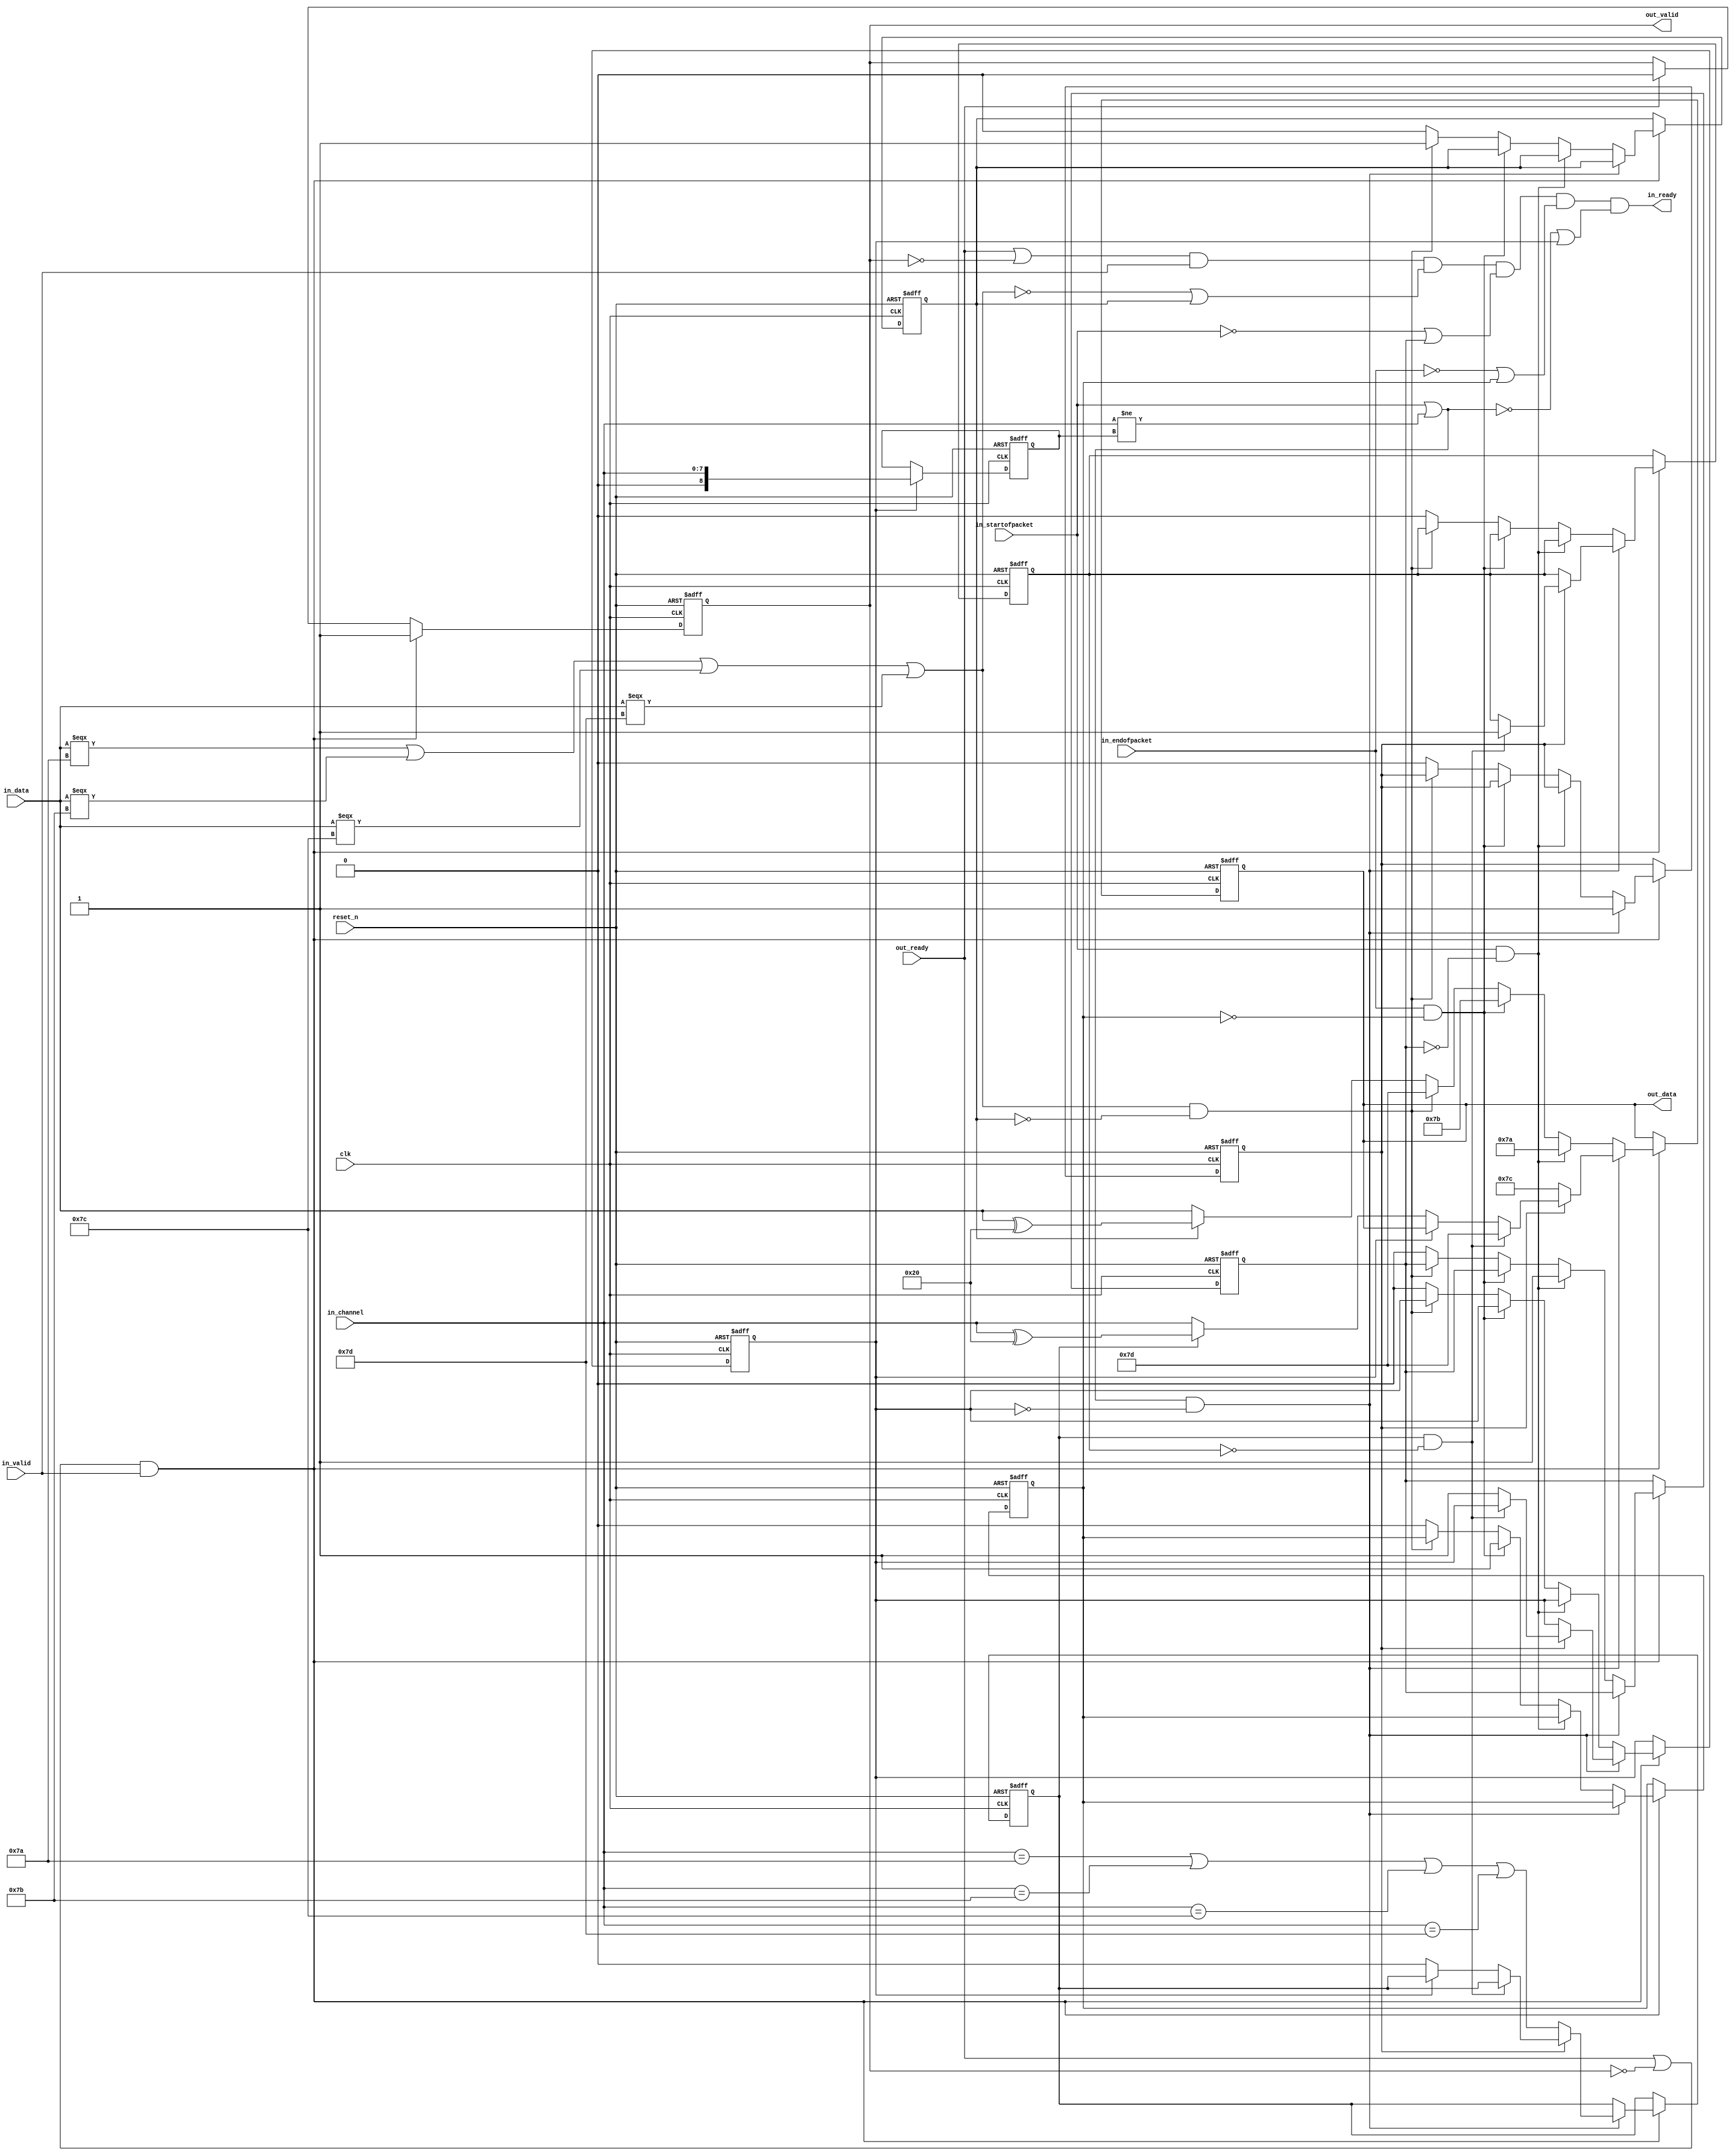
// --------------------------------------------------------------------------------
//| Avalon ST Packets to Bytes Component
// --------------------------------------------------------------------------------

`timescale 1ns / 100ps
module altera_avalon_st_packets_to_bytes
//if ENCODING ==0, CHANNEL_WIDTH must be 8 
//else CHANNEL_WIDTH can be from 0 to 127
#(    parameter CHANNEL_WIDTH = 8,
      parameter ENCODING      = 0) 
(
      // Interface: clk
      input              clk,
      input              reset_n,
      // Interface: ST in with packets
      output reg         in_ready,
      input              in_valid,
      input      [7: 0]  in_data,
      input      [CHANNEL_WIDTH-1: 0]  in_channel,
      input              in_startofpacket,
      input              in_endofpacket,

      // Interface: ST out
      input              out_ready,
      output reg         out_valid,
      output reg [7: 0]  out_data
);

   // ---------------------------------------------------------------------
   //| Signal Declarations
   // ---------------------------------------------------------------------

   localparam CHN_COUNT = (CHANNEL_WIDTH-1)/7;
   localparam CHN_EFFECTIVE = CHANNEL_WIDTH-1;
   reg  sent_esc, sent_sop, sent_eop;
   reg  sent_channel_char, channel_escaped, sent_channel;
   reg  [CHANNEL_WIDTH:0] stored_channel;
   reg  [4:0] channel_count;
   reg    [((CHN_EFFECTIVE/7+1)*7)-1:0] stored_varchannel;
   reg     channel_needs_esc;



   wire need_sop, need_eop, need_esc, need_channel;

   // ---------------------------------------------------------------------
   //| Thingofamagick
   // ---------------------------------------------------------------------

   assign need_esc = (in_data === 8'h7a |
                      in_data === 8'h7b |
                      in_data === 8'h7c |
                      in_data === 8'h7d );
   assign need_eop = (in_endofpacket);
   assign need_sop = (in_startofpacket);


generate
if( CHANNEL_WIDTH > 0) begin
   wire   channel_changed;
   assign channel_changed = (in_channel != stored_channel);
   assign need_channel = (need_sop | channel_changed);

   always @(posedge clk or negedge reset_n) begin
      if (!reset_n) begin
         sent_esc <= 0;
         sent_sop <= 0;
         sent_eop <= 0;
         sent_channel <= 0;
         channel_escaped <= 0;
         sent_channel_char <= 0;
         out_data <= 0;
         out_valid <= 0;
         channel_count <= 0;
         channel_needs_esc <= 0;
      end else begin

         if (out_ready )
           out_valid <= 0;

         if ((out_ready | ~out_valid) && in_valid  )
           out_valid <= 1;

         if ((out_ready | ~out_valid) && in_valid) begin
            if (need_channel & ~sent_channel) begin
                 if (~sent_channel_char) begin
                    sent_channel_char <= 1;
                    out_data <= 8'h7c;
                    channel_count <= CHN_COUNT[4:0];
                    stored_varchannel <= in_channel;
                    if ((ENCODING == 0) | (CHANNEL_WIDTH == 7)) begin
                    channel_needs_esc <= (in_channel == 8'h7a |
                                          in_channel == 8'h7b |
                                          in_channel == 8'h7c |
                                          in_channel == 8'h7d );
                    end
                 end else if (channel_needs_esc & ~channel_escaped) begin
                    out_data <= 8'h7d;
                    channel_escaped <= 1;
                 end else if (~sent_channel) begin
                       if (ENCODING) begin
                            // Sending out MSB=1, while not last 7 bits of Channel
                               if (channel_count > 0) begin
                                   if (channel_needs_esc) out_data <= {1'b1, stored_varchannel[((CHN_EFFECTIVE/7+1)*7)-1:((CHN_EFFECTIVE/7+1)*7)-7]} ^ 8'h20;
                                   else                   out_data <= {1'b1, stored_varchannel[((CHN_EFFECTIVE/7+1)*7)-1:((CHN_EFFECTIVE/7+1)*7)-7]};
                                   stored_varchannel <= stored_varchannel<<7;

                                   channel_count <= channel_count - 1'b1;
                                   // check whether the last 7 bits need escape or not
                                   if (channel_count ==1 & CHANNEL_WIDTH > 7) begin
                                      channel_needs_esc <=
                                         ((stored_varchannel[((CHN_EFFECTIVE/7+1)*7)-8:((CHN_EFFECTIVE/7+1)*7)-14]  == 7'h7a)|
                                         (stored_varchannel[((CHN_EFFECTIVE/7+1)*7)-8:((CHN_EFFECTIVE/7+1)*7)-14] == 7'h7b) |
                                         (stored_varchannel[((CHN_EFFECTIVE/7+1)*7)-8:((CHN_EFFECTIVE/7+1)*7)-14] == 7'h7c) |
                                         (stored_varchannel[((CHN_EFFECTIVE/7+1)*7)-8:((CHN_EFFECTIVE/7+1)*7)-14] == 7'h7d) );
                                   end
                              end else begin
                               // Sending out MSB=0, last 7 bits of Channel
                                   if (channel_needs_esc) begin 
                                      channel_needs_esc <= 0; 
                                      out_data <= {1'b0, stored_varchannel[((CHN_EFFECTIVE/7+1)*7)-1:((CHN_EFFECTIVE/7+1)*7)-7]} ^ 8'h20;
                                   end else   out_data <= {1'b0, stored_varchannel[((CHN_EFFECTIVE/7+1)*7)-1:((CHN_EFFECTIVE/7+1)*7)-7]};
                                   sent_channel <= 1;
                              end
                       end else begin
                            if (channel_needs_esc) begin 
                               channel_needs_esc <= 0; 
                               out_data <= in_channel ^ 8'h20; 
                            end else out_data <= in_channel;
                            sent_channel <= 1;
                       end
                 end
            end else if (need_sop & ~sent_sop) begin
                 sent_sop <= 1;
                 out_data <= 8'h7a;

            end else if (need_eop & ~sent_eop) begin
                 sent_eop <= 1;
                 out_data <= 8'h7b;

            end else if (need_esc & ~sent_esc) begin
                 sent_esc <= 1;
                 out_data <= 8'h7d;
            end else begin
                 if (sent_esc)    out_data <= in_data ^ 8'h20;
                 else             out_data <= in_data;
                 sent_esc <= 0;
                 sent_sop <= 0;
                 sent_eop <= 0;
                 sent_channel <= 0;
                 channel_escaped <= 0;
                 sent_channel_char <= 0;
            end
         end
      end
   end

   //channel related signals
   always @(posedge clk or negedge reset_n) begin
      if (!reset_n) begin
         //extra bit in stored_channel to force reset
         stored_channel <= {CHANNEL_WIDTH{1'b1}};
      end else begin
         //update stored_channel only when it is sent out
         if (sent_channel) stored_channel <= in_channel;
      end
   end
    always @* begin

      // in_ready.  Low when:
      // back pressured, or when
      // we are outputting a control character, which means that one of
      // {escape_char, start of packet, end of packet, channel}
      // needs to be, but has not yet, been handled.
      in_ready = (out_ready | !out_valid) & in_valid & (~need_esc | sent_esc)
                 & (~need_sop | sent_sop)
                 & (~need_eop | sent_eop)
                 & (~need_channel | sent_channel);
   end

end else begin

assign need_channel = (need_sop);

   always @(posedge clk or negedge reset_n) begin
      if (!reset_n) begin
         sent_esc <= 0;
         sent_sop <= 0;
         sent_eop <= 0;
         out_data <= 0;
         out_valid <= 0;
         sent_channel <= 0;
         sent_channel_char <= 0;
      end else begin

         if (out_ready )
           out_valid <= 0;

         if ((out_ready | ~out_valid) && in_valid  )
           out_valid <= 1;

         if ((out_ready | ~out_valid) && in_valid) begin
            if (need_channel & ~sent_channel) begin
                 if (~sent_channel_char) begin           //Added sent channel 0 before the 1st SOP
                    sent_channel_char <= 1;
                    out_data <= 8'h7c;
                 end else if (~sent_channel) begin
                    out_data <= 'h0;
                    sent_channel <= 1;
                 end
            end else if (need_sop & ~sent_sop) begin
                 sent_sop <= 1;
                 out_data <= 8'h7a;
            end else if (need_eop & ~sent_eop) begin
                 sent_eop <= 1;
                 out_data <= 8'h7b;
            end else if (need_esc & ~sent_esc) begin
                 sent_esc <= 1;
                 out_data <= 8'h7d;
            end else begin
                 if (sent_esc)    out_data <= in_data ^ 8'h20;
                 else             out_data <= in_data;
                 sent_esc <= 0;
                 sent_sop <= 0;
                 sent_eop <= 0;
            end
         end
     end
   end
   
 always @* begin
      in_ready = (out_ready | !out_valid) & in_valid & (~need_esc | sent_esc)
                 & (~need_sop | sent_sop)
                 & (~need_eop | sent_eop)
                 & (~need_channel | sent_channel);
   end
end
endgenerate

endmodule